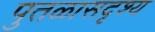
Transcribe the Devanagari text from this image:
पुतळासदृश्य